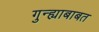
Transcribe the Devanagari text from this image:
गुन्ह्याबाबत